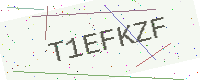
Text: T1EFKZF